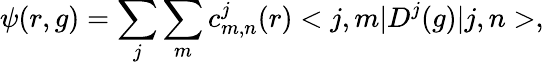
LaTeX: \psi(r,g)=\sum_{j}\sum_{m}c_{m,n}^{j}(r)<j,m|D^{j}(g)|j,n>,